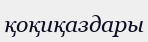
қоқиқаздары